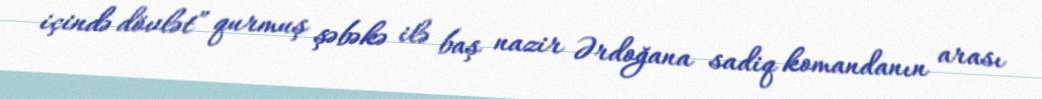
içində dövlət” qurmuş şəbəkə ilə baş nazir Ərdoğana sadiq komandanın arası